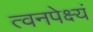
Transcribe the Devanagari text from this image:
त्वनपेक्ष्यं